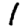
Digit: 1